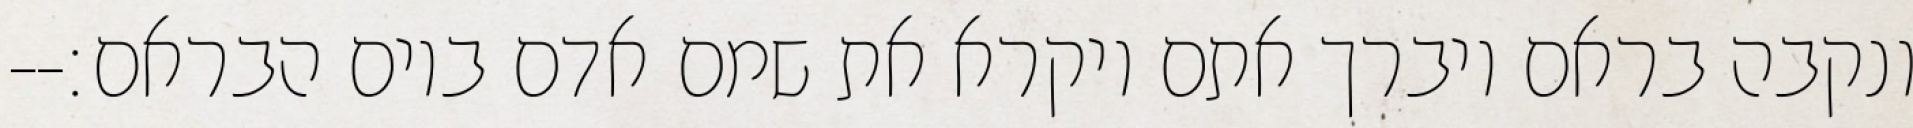
ונקבה בראם ויברך אתם ויקרא את שמם אדם ביום הבראם׃--